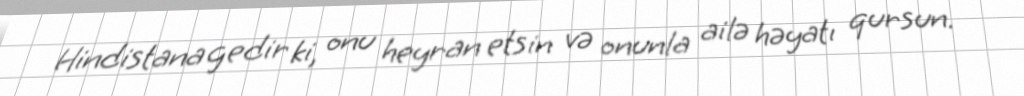
Hindistana gedir ki, onu heyran etsin və onunla ailə həyatı qursun.